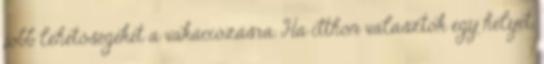
jobb lehetőségeket a vakációzásra. Ha itthon választok egy helyet,